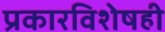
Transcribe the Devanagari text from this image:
प्रकारविशेषही